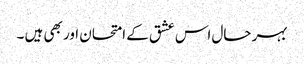
بہر حال اس عشق کے امتحان اور بھی ہیں ۔